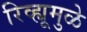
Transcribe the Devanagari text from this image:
रिव्ह्यूमुळे